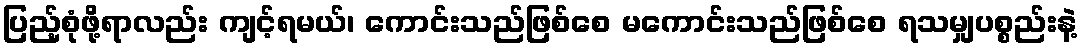
ပြည့်စုံဖို့ရာလည်း ကျင့်ရမယ်၊ ကောင်းသည်ဖြစ်စေ မကောင်းသည်ဖြစ်စေ ရသမျှပစ္စည်းနဲ့